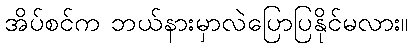
အိပ်စင်က ဘယ်နားမှာလဲပြောပြနိုင်မလား။